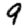
Digit: 9